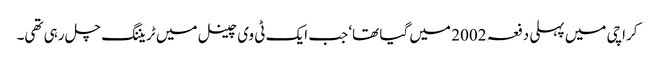
کراچی میں پہلی دفعہ 2002 میں گیا تھا‘ جب ایک ٹی وی چینل میں ٹریننگ چل رہی تھی۔